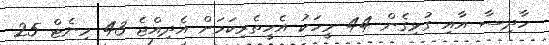
ހާދިސާ އާއި ގުޅިގެން 44 މީހަކު އެހީތެރިކަމަށް އެދިއްޖެ 43 މިނެޓް 25